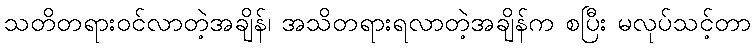
သတိတရားဝင်လာတဲ့အချိန်၊ အသိတရားရလာတဲ့အချိန်က စပြီး မလုပ်သင့်တာ